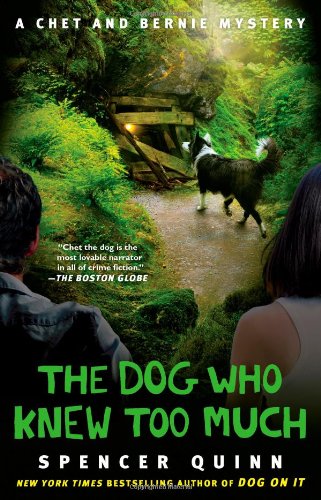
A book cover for The Dog Who Knew Too Much: A Chet and Bernie Mystery (The Chet and Bernie Mystery Series); Spencer Quinn; Mystery, Thriller & Suspense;